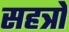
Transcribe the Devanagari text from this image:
सहत्रों